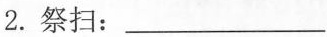
2. 祭扫：___